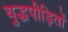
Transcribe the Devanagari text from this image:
युद्धपीड़ितों